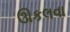
ઊકલવા